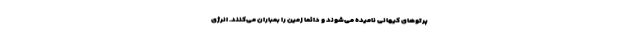
پرتوهای کیهانی نامیده می‌شوند و دائما زمین را بمباران می‌کنند. انرژی